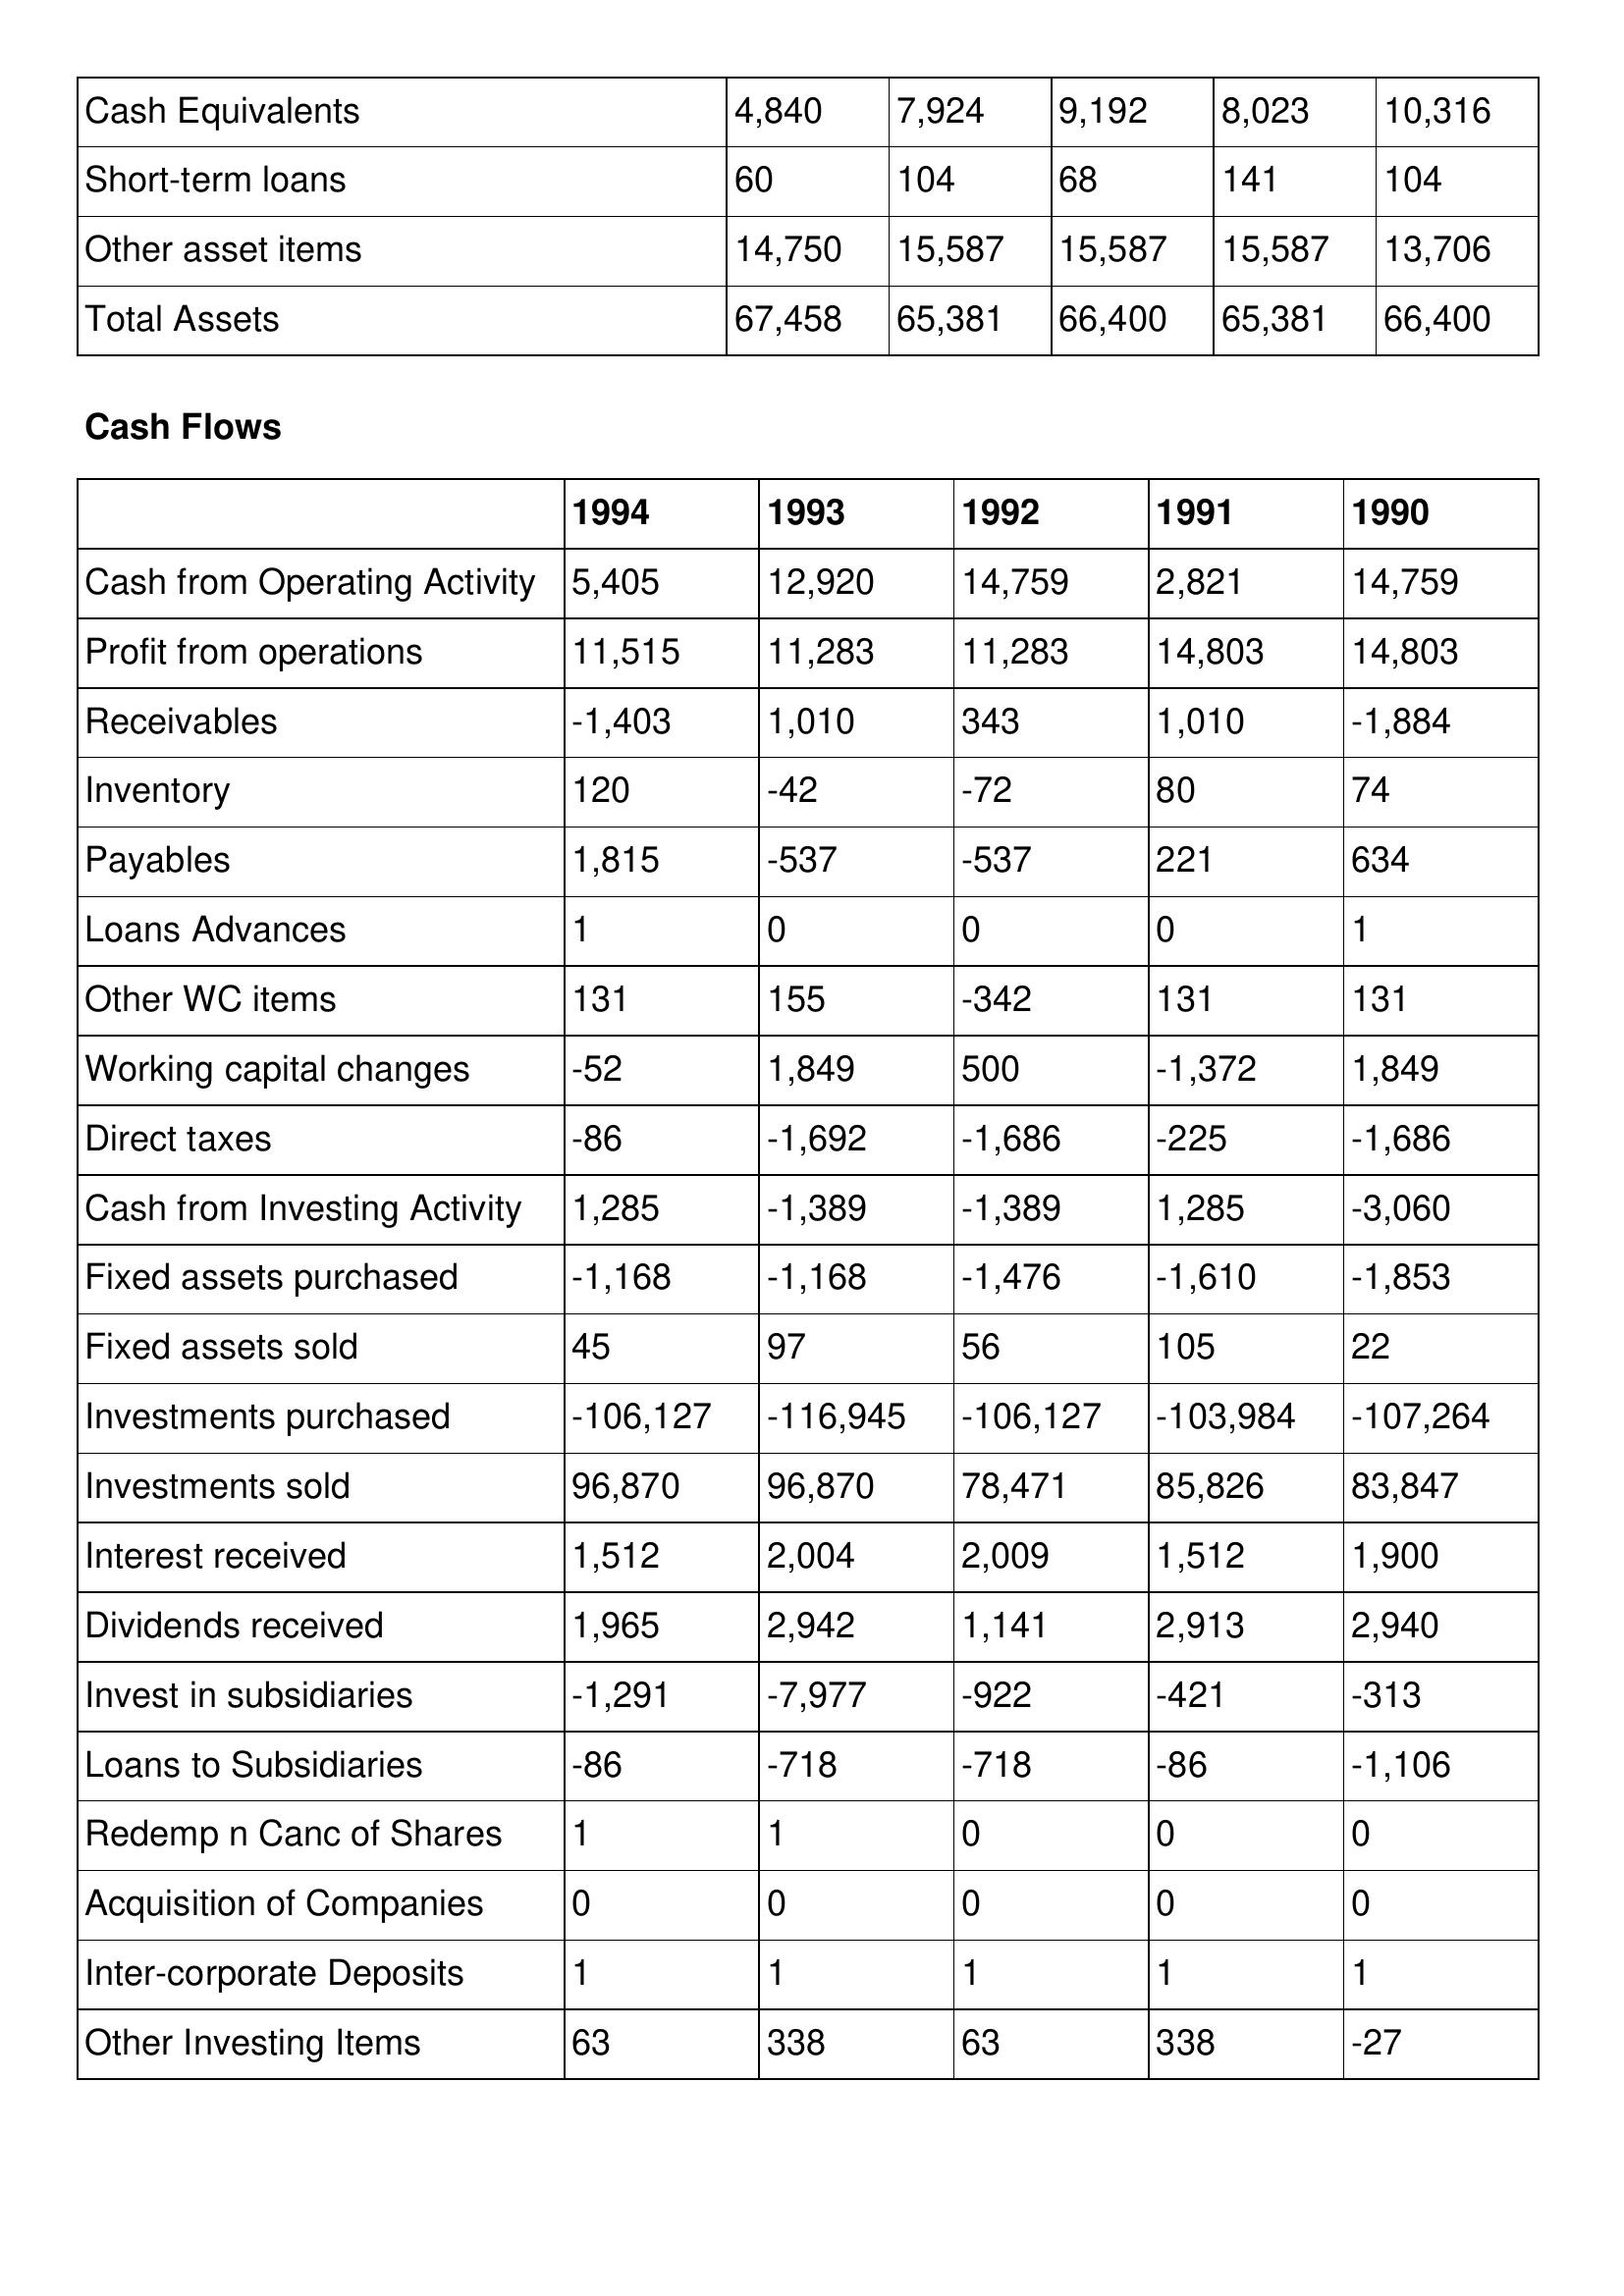
gt_parse: 1994: Balance Sheet: Cash Equivalents: 4,840
Short-term loans: 60
Other asset items: 14,750
Total Assets: 67,458
Cash Flows: Cash from Operating Activity: 5,405
Profit from operations: 11,515
Receivables: -1,403
Inventory: 120
Payables: 1,815
Loans Advances: 1
Other WC items: 131
Working capital changes: -52
Direct taxes: -86
Cash from Investing Activity: 1,285
Fixed assets purchased: -1,168
Fixed assets sold: 45
Investments purchased: -106,127
Investments sold: 96,870
Interest received: 1,512
Dividends received: 1,965
Invest in subsidiaries: -1,291
Loans to Subsidiaries: -86
Redemp n Canc of Shares: 1
Acquisition of Companies: 0
Inter-corporate Deposits: 1
Other Investing Items: 63
1993: Balance Sheet: Cash Equivalents: 7,924
Short-term loans: 104
Other asset items: 15,587
Total Assets: 65,381
Cash Flows: Cash from Operating Activity: 12,920
Profit from operations: 11,283
Receivables: 1,010
Inventory: -42
Payables: -537
Loans Advances: 0
Other WC items: 155
Working capital changes: 1,849
Direct taxes: -1,692
Cash from Investing Activity: -1,389
Fixed assets purchased: -1,168
Fixed assets sold: 97
Investments purchased: -116,945
Investments sold: 96,870
Interest received: 2,004
Dividends received: 2,942
Invest in subsidiaries: -7,977
Loans to Subsidiaries: -718
Redemp n Canc of Shares: 1
Acquisition of Companies: 0
Inter-corporate Deposits: 1
Other Investing Items: 338
1992: Balance Sheet: Cash Equivalents: 9,192
Short-term loans: 68
Other asset items: 15,587
Total Assets: 66,400
Cash Flows: Cash from Operating Activity: 14,759
Profit from operations: 11,283
Receivables: 343
Inventory: -72
Payables: -537
Loans Advances: 0
Other WC items: -342
Working capital changes: 500
Direct taxes: -1,686
Cash from Investing Activity: -1,389
Fixed assets purchased: -1,476
Fixed assets sold: 56
Investments purchased: -106,127
Investments sold: 78,471
Interest received: 2,009
Dividends received: 1,141
Invest in subsidiaries: -922
Loans to Subsidiaries: -718
Redemp n Canc of Shares: 0
Acquisition of Companies: 0
Inter-corporate Deposits: 1
Other Investing Items: 63
1991: Balance Sheet: Cash Equivalents: 8,023
Short-term loans: 141
Other asset items: 15,587
Total Assets: 65,381
Cash Flows: Cash from Operating Activity: 2,821
Profit from operations: 14,803
Receivables: 1,010
Inventory: 80
Payables: 221
Loans Advances: 0
Other WC items: 131
Working capital changes: -1,372
Direct taxes: -225
Cash from Investing Activity: 1,285
Fixed assets purchased: -1,610
Fixed assets sold: 105
Investments purchased: -103,984
Investments sold: 85,826
Interest received: 1,512
Dividends received: 2,913
Invest in subsidiaries: -421
Loans to Subsidiaries: -86
Redemp n Canc of Shares: 0
Acquisition of Companies: 0
Inter-corporate Deposits: 1
Other Investing Items: 338
1990: Balance Sheet: Cash Equivalents: 10,316
Short-term loans: 104
Other asset items: 13,706
Total Assets: 66,400
Cash Flows: Cash from Operating Activity: 14,759
Profit from operations: 14,803
Receivables: -1,884
Inventory: 74
Payables: 634
Loans Advances: 1
Other WC items: 131
Working capital changes: 1,849
Direct taxes: -1,686
Cash from Investing Activity: -3,060
Fixed assets purchased: -1,853
Fixed assets sold: 22
Investments purchased: -107,264
Investments sold: 83,847
Interest received: 1,900
Dividends received: 2,940
Invest in subsidiaries: -313
Loans to Subsidiaries: -1,106
Redemp n Canc of Shares: 0
Acquisition of Companies: 0
Inter-corporate Deposits: 1
Other Investing Items: -27